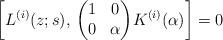
LaTeX: \begin{align*}\left[L^{(i)}(z; s), \, \begin{pmatrix} 1 & 0 \\ 0 & \alpha\end{pmatrix}\!K^{(i)}(\alpha)\right]=0\end{align*}